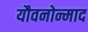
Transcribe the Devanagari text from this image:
यौवनोन्माद